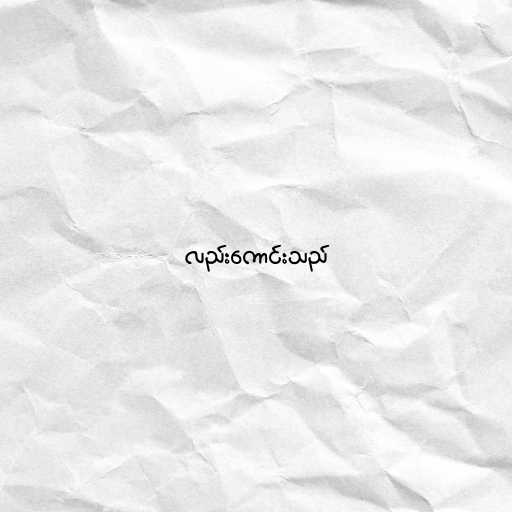
လည်းကောင်းသည်